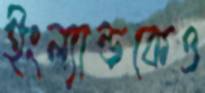
ইংল্যান্ডকেও